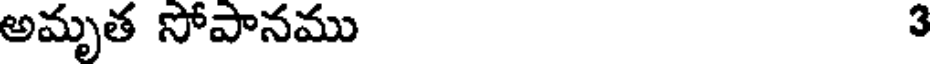
అమృత సోపానము 3